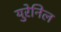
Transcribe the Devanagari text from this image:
युरेनिल